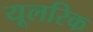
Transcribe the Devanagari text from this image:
यूलरिक